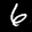
Label: 6